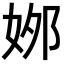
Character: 𡜙